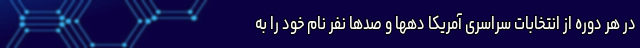
در هر دوره از انتخابات سراسری آمریکا دهها و صدها نفر نام خود را به